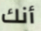
أنك